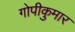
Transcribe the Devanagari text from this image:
गोपीकुमार